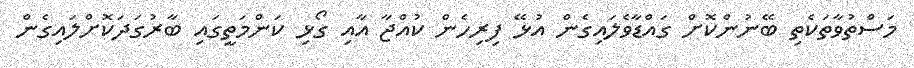
މަސްތުވާތަކެތި ބޭނުންކޮށް ގައްޑާވެލައިގެން އުޅޭ ފިރިހެން ކުއްޖާ އާއި ގޯޅި ކަންމަތީގައި ބާރުގަދަކޮށްލައިގެން